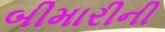
બીમારીની